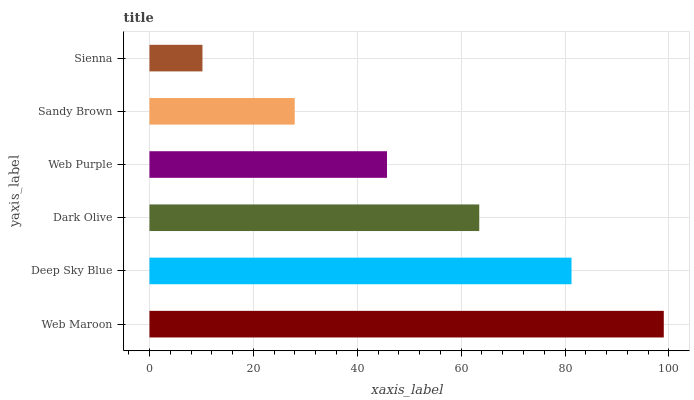
| yaxis_label | bars |
 | --- | --- |
 | Web Maroon | 99 |
 | Deep Sky Blue | 81.2 |
 | Dark Olive | 63.5 |
 | Web Purple | 45.7 |
 | Sandy Brown | 28 |
 | Sienna | 10.2 |